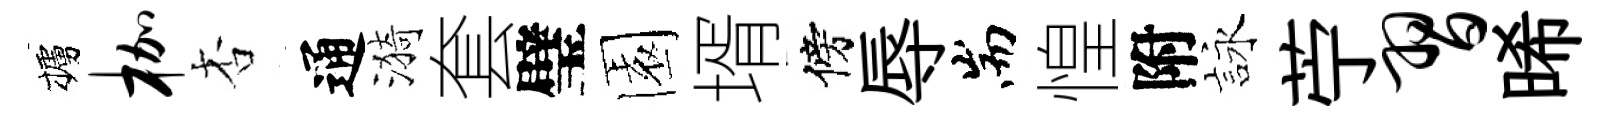
櫨枷杏通漪套璧園壻傍辱耑惶附詠苧习晞